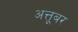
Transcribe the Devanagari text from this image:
अत्तूबर